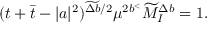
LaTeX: ( t + \bar { t } - | a | ^ { 2 } ) ^ { \widetilde { \Delta b } / 2 } \mu ^ { 2 b ^ { < } } \widetilde { M } _ { I } ^ { \Delta b } = 1 .